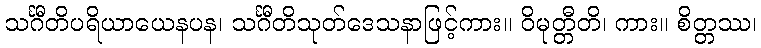
သင်္ဂီတိပရိယာယေနပန၊ သင်္ဂီတိသုတ်ဒေသနာဖြင့်ကား။ ဝိမုတ္တီတိ၊ ကား။ စိတ္တဿ၊